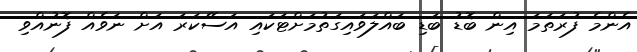
އެންމެ ފުރަތަމަ އިން ބޮޑު ބަޑި ބައްލަވައިގަތުމަށްޓަކައި އަސޭކަރަ އަށް ނަވެއް ފޮނުއްވި